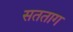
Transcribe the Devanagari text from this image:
सतताग